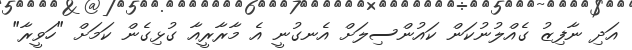
އަދި ނާފިޒު ގެއްލުނުކަން ކައުންސިލަށް އެނގުނީ އެ މާރާރީއާ ގުޅިގެން ކަމަށް "ހަވީރާ"